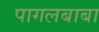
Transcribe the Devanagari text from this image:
पागलबाबा